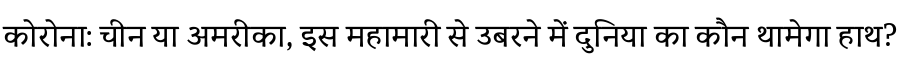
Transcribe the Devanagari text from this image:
कोरोना: चीन या अमरीका, इस महामारी से उबरने में दुनिया का कौन थामेगा हाथ?